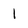
Character: 1